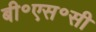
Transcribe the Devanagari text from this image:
बी॰एस॰सी